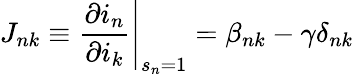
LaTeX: J_{nk}\equiv\frac{\partial i_{n}}{\partial i_{k}}\Bigg|_{s_{n}=1}=\beta_{nk}-\gamma\delta_{nk}